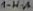
Text: 1-H-A